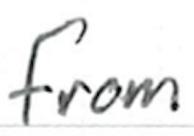
Text: from
Cross-out: clean
Writing tool: ballpoint